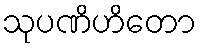
သုပဏိဟိတော